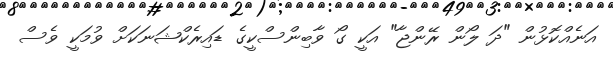
އަނެއްކޮޅުން "ދަ ލޯން ރޭންޖާ" އަކީ ގޯ ވާބިންސްކީގެ ޑައިރެކްޝަނަކަށް ވުމަކީ ވެސް